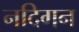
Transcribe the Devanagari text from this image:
नदिगन